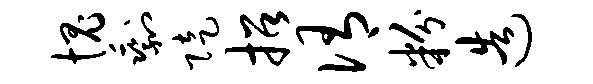
愧剩陡招侑粉造